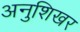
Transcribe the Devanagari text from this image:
अनुशिखर